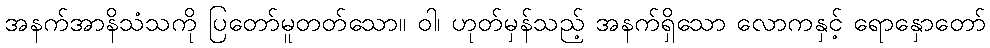
အနက်အာနိသံသကို ပြတော်မူတတ်သော။ ဝါ၊ ဟုတ်မှန်သည့် အနက်ရှိသော လောကနှင့် ရောနှောတော်